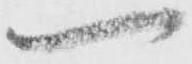
一